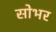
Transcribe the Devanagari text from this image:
सोभर